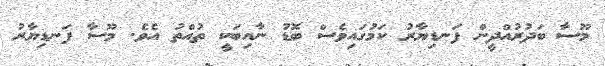
މޫސާ ބަދުރުއްދީން ފަނޑިޔާރު ކަމުގައިވެސް ބޮޑު ނާއިބަކީ ތުއްތު އެވެ. މޫސާ ފަނޑިޔާރު